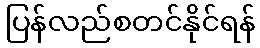
ပြန်လည်စတင်နိုင်ရန်